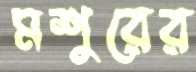
মশুরের